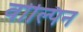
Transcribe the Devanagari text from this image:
वोल्पिन